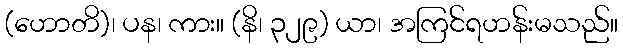
(ဟောတိ)၊ ပန၊ ကား။ (နိ၊ ၃၂၉) ယာ၊ အကြင်ရဟန်းမသည်။